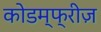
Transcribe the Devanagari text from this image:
कोडम्फ्रीज़